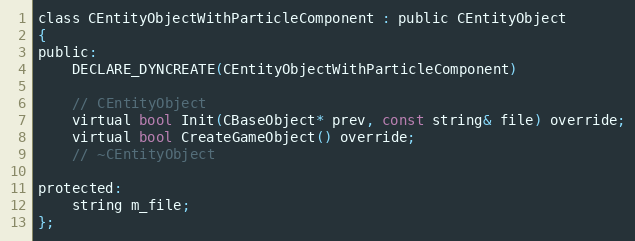
Language: C
class CEntityObjectWithParticleComponent : public CEntityObject
{
public:
	DECLARE_DYNCREATE(CEntityObjectWithParticleComponent)

	// CEntityObject
	virtual bool Init(CBaseObject* prev, const string& file) override;
	virtual bool CreateGameObject() override;
	// ~CEntityObject

protected:
	string m_file;
};